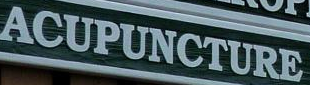
ACUPUNCTURE